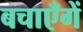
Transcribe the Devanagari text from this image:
बचाएँगें